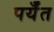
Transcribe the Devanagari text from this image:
पर्यँत